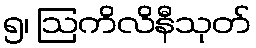
၅၊ ဩကိလိနီသုတ်